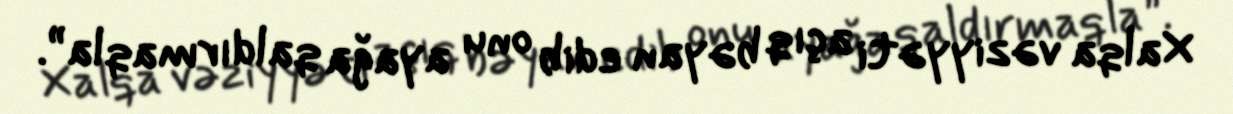
Xalqa vəziyyəti açıq bəyan edib onu ayağa qaldırmaqla”.